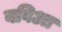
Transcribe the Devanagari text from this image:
बविआ